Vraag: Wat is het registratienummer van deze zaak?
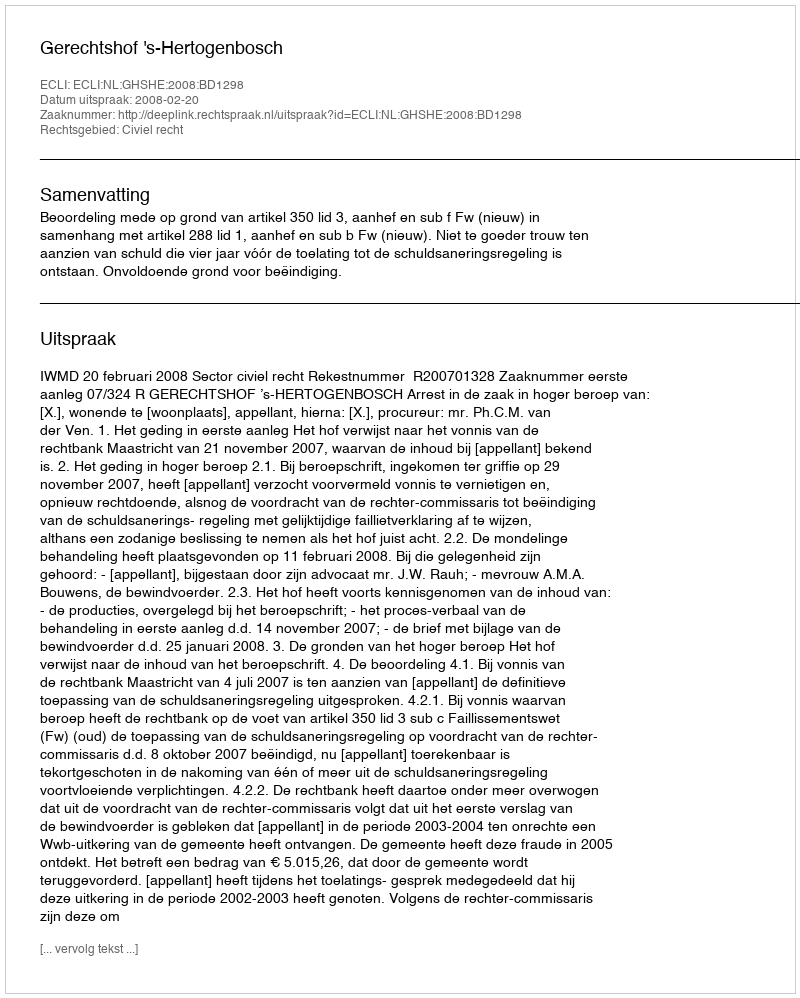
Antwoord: http://deeplink.rechtspraak.nl/uitspraak?id=ECLI:NL:GHSHE:2008:BD1298